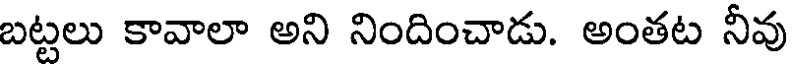
బట్టలు కావాలా అని నిందించాడు. అంతట నీవు